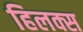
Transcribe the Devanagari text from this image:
हिलक्स